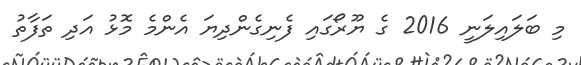
މި ބަލައިލަނީ 2016 ގެ ޔޫރޯގައި ފެނިގެންދިޔަ އެންމެ މޮޅު އަދި ތަފާތު